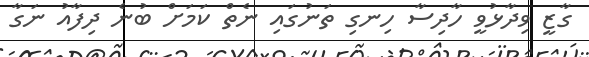
ގާޒީ ވިދާޅުވީ ހާދިސާ ހިނގި ތަނުގައި ނެތް ކަމަށް ބުނެ ދިފާއު ނަގާ